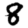
Digit: 8